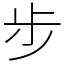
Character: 步